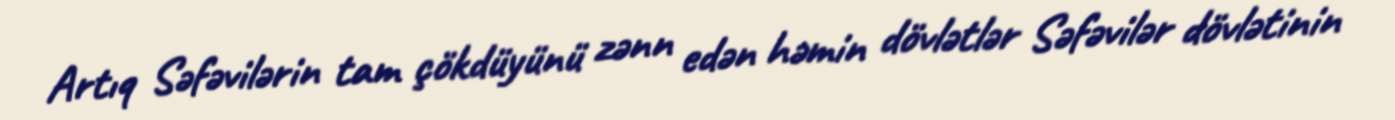
Artıq Səfəvilərin tam çökdüyünü zənn edən həmin dövlətlər Səfəvilər dövlətinin